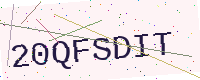
Text: 20QFSDIT